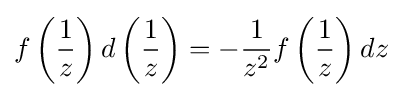
f\left({\frac {1}{z}}\right)d\left({\frac {1}{z}}\right)=-{\frac {1}{z^{2}}}f\left({\frac {1}{z}}\right)dz